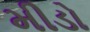
મીડો